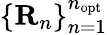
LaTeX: \{ {\mathbf R}_{n}\} _{n=1}^{n_{\mathrm{opt}}}